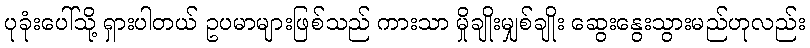
ပုခုံးပေါ်သို့ ရှားပါတယ် ဥပမာများဖြစ်သည် ကားသာ မှိုချိုးမျှစ်ချိုး ဆွေးနွေးသွားမည်ဟုလည်း